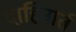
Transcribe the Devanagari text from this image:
दाहिनार्त